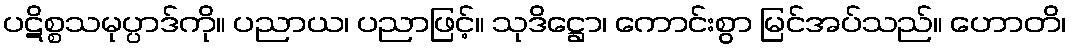
ပဋိစ္စသမုပ္ပာဒ်ကို။ ပညာယ၊ ပညာဖြင့်။ သုဒိဋ္ဌော၊ ကောင်းစွာ မြင်အပ်သည်။ ဟောတိ၊